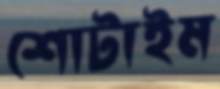
শোটাইম